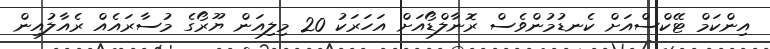
އިންކަމް ޓޭކްސްއަށް ކެނޑުމުންވެސް ރޮނާލްޑޯއަށް އަހަރަކު 20 މިލިއަން ޔޫރޯގެ މުސާރައެއް ރެއާލުއިން